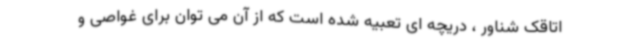
اتاقک شناور ، دریچه ای تعبیه شده است که از آن می توان برای غواصی و